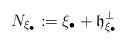
LaTeX: \begin{align*}N_{\xi_\bullet}:=\xi_\bullet + \mathfrak {h}_{\xi_\bullet}^{\perp}\end{align*}